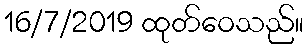
16/7/2019 ထုတ်ဝေသည်။